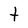
Character: t